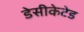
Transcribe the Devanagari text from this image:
डेसीकेटेड